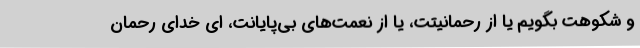
و شکوهت بگویم یا از رحمانیتت، یا از نعمت‌های بی‌پایانت، ای خدای رحمان